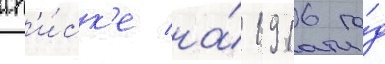
сп'и́ск'е на́ 1916 го́д